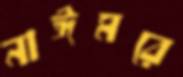
নাঈমরে